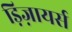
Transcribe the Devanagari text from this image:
ड़िज़ायर्स